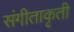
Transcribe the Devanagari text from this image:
संगीताकृती